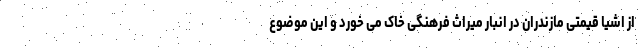
از اشیا قیمتی مازندران در انبار میراث فرهنگی خاک می خورد و این موضوع